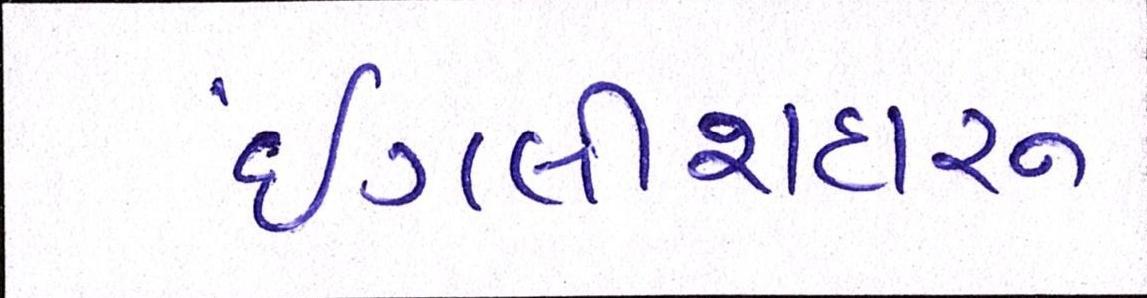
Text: ઇંગ્લીશદારૂ